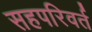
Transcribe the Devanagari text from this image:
सहपरिवर्त